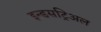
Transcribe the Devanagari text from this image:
इन्डसट्रिअल